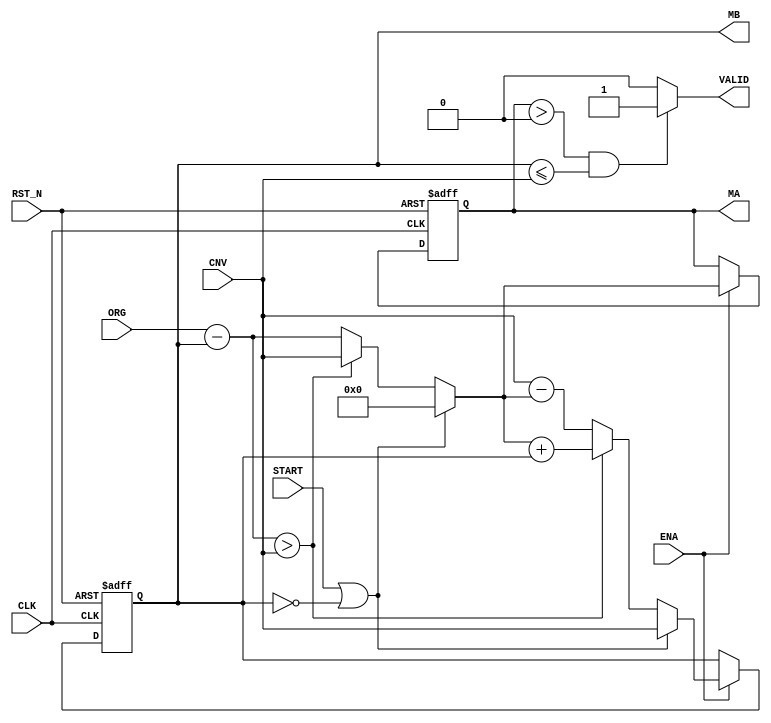
module aq_calc_size(
  input         RST_N,
  input         CLK,

  input         START,

  input         ENA,
  input [15:0]  ORG,
  input [15:0]  CNV,

  output        VALID,
  output [15:0] MA,
  output [15:0] MB
);

wire [15:0] next_ma, next_mb;
reg [15:0]  reg_ma, reg_mb;

assign next_ma[15:0] = (START || (reg_mb == 16'd0))?16'd0:(ORG-reg_mb>CNV)?CNV:ORG-reg_mb;
assign next_mb[15:0] = (START || (reg_mb == 16'd0))?CNV:(ORG-reg_mb>CNV)?next_ma+reg_mb:CNV-next_ma;

always @(posedge CLK or negedge RST_N) begin
  if(!RST_N) begin
    reg_ma  <= 16'd0;
    reg_mb  <= 16'd0;
  end else begin
    if( ENA ) begin
      reg_ma  <= next_ma;
      reg_mb  <= next_mb;
    end;
  end
end

assign MA     = reg_ma;
assign MB     = reg_mb;
assign VALID  = ((reg_ma > 16'd0) && (reg_mb <= CNV))?1'b1:1'b0;

endmodule